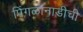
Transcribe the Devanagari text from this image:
पिंगळानाडीची